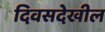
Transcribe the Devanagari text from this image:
दिवसदेखील